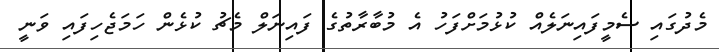
މެދުގައި ސެމީފައިނަލެއް ކުޅުމަށްފަހު އެ މުބާރާތުގެ ފައިނަލް މެޗު ކުޅެން ހަމަޖެހިފައި ވަނީ